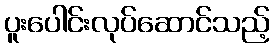
ပူးပေါင်းလုပ်ဆောင်သည့်